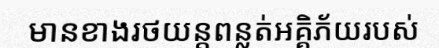
មានខាងរថយន្តពន្លត់អគ្គិភ័យរបស់